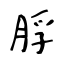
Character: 脬